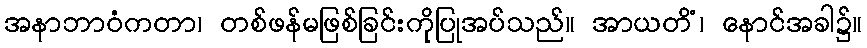
အနာဘာဝံကတာ၊ တစ်ဖန်မဖြစ်ခြင်းကိုပြုအပ်သည်။ အာယတိံ၊ နောင်အခါ၌။